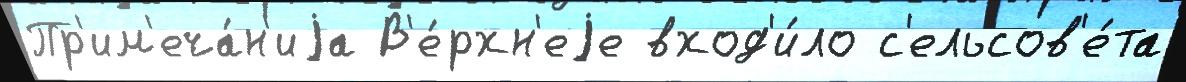
Пр'им'еча́н'иjа В'е́рхн'еjе вход'и́ло с'ельсов'е́та